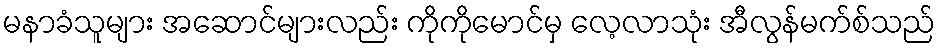
မနာခံသူများ အဆောင်များလည်း ကိုကိုမောင်မှ လေ့လာသုံး အီလွန်မက်စ်သည်